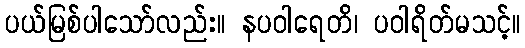
ပယ်မြစ်ပါသော်လည်း။ နပဝါရေတိ၊ ပဝါရိတ်မသင့်။